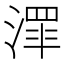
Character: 𱨔